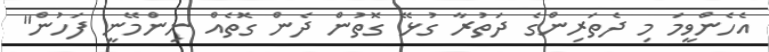
އެހެންވީމަ މި ދެތަރިންގެ ދަތުރާ ގުޅޭ ގޮތުން ދެން ގޮތެއް ނިންމޭނީ ފަހުން"